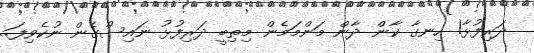
ދަރިފުޅާ! ހިނގާ ކާން ދާން މަންމަމެން މިތިބީ ދަރިފުޅު ނައިސްގެން ނުކެވިފަ..